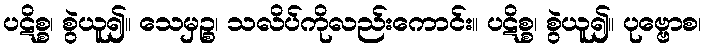
ပဋိစ္စ၊ စွဲယူ၍။ သေမှဉ္စ၊ သလိပ်ကိုလည်းကောင်း။ ပဋိစ္စ၊ စွဲယူ၍။ ပုဗ္ဗောစ၊